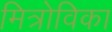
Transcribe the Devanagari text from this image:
मित्रोविका